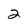
Character: 2